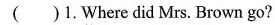
( )1.Where did Mrs. Brown go?